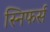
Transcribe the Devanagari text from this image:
स्निफर्स